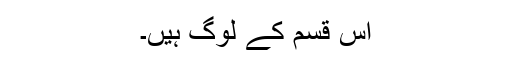
اس قسم کے لوگ ہیں۔